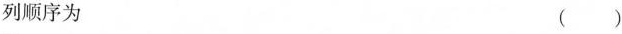
列顺序为（）